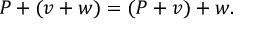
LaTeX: P + ( v + w ) = ( P + v ) + w .